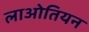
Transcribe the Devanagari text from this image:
लाओतियन